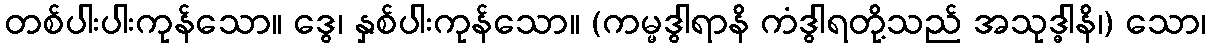
တစ်ပါးပါးကုန်သော။ ဒွေ၊ နှစ်ပါးကုန်သော။ (ကမ္မဒွါရာနိ ကံဒွါရတို့သည် အသုဒ္ဓါနိ၊) သော၊